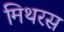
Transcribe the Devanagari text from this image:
मिथरस